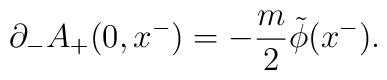
{\partial}_-A_+(0,x^-)=-\frac{m}{2}\tilde{\phi}(x^-).